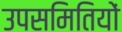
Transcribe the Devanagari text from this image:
उपसमितियों